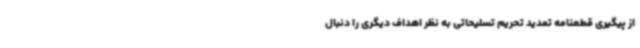
از پیگیری قطعنامه تمدید تحریم تسلیحاتی به نظر اهداف دیگری را دنبال